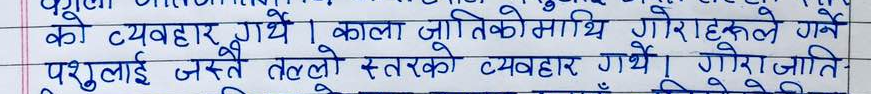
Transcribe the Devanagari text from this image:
को व्यवहार गर्थे । काला जातिकोमाथि गोराहरूले गर्ने
पशुलाई जस्तै तल्लो स्तरको व्यवहार गर्थे । गोरा जाति-